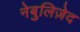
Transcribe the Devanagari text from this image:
नेबुलिज़ेद